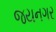
જયનગર